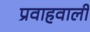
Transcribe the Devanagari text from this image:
प्रवाहवाली